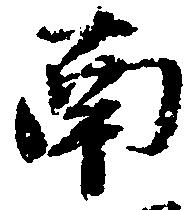
南